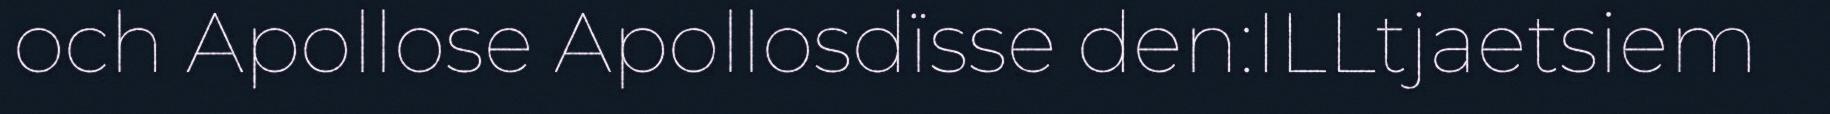
och Apollose Apollosdïsse den:ILLtjaetsiem